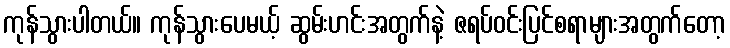
ကုန်သွားပါတယ်။ ကုန်သွားပေမယ့် ဆွမ်းဟင်းအတွက်နဲ့ ဇရပ်ဝင်းပြင်စရာများအတွက်တော့